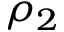
\rho _ { 2 }